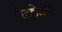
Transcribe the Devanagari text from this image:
रेटडोल्ट